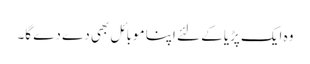
وہ ایک پڑیا کے لئے اپنا موبائل بھی دے دے گا۔